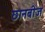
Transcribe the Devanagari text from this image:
छानबीज